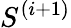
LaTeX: S^{(i+1)}